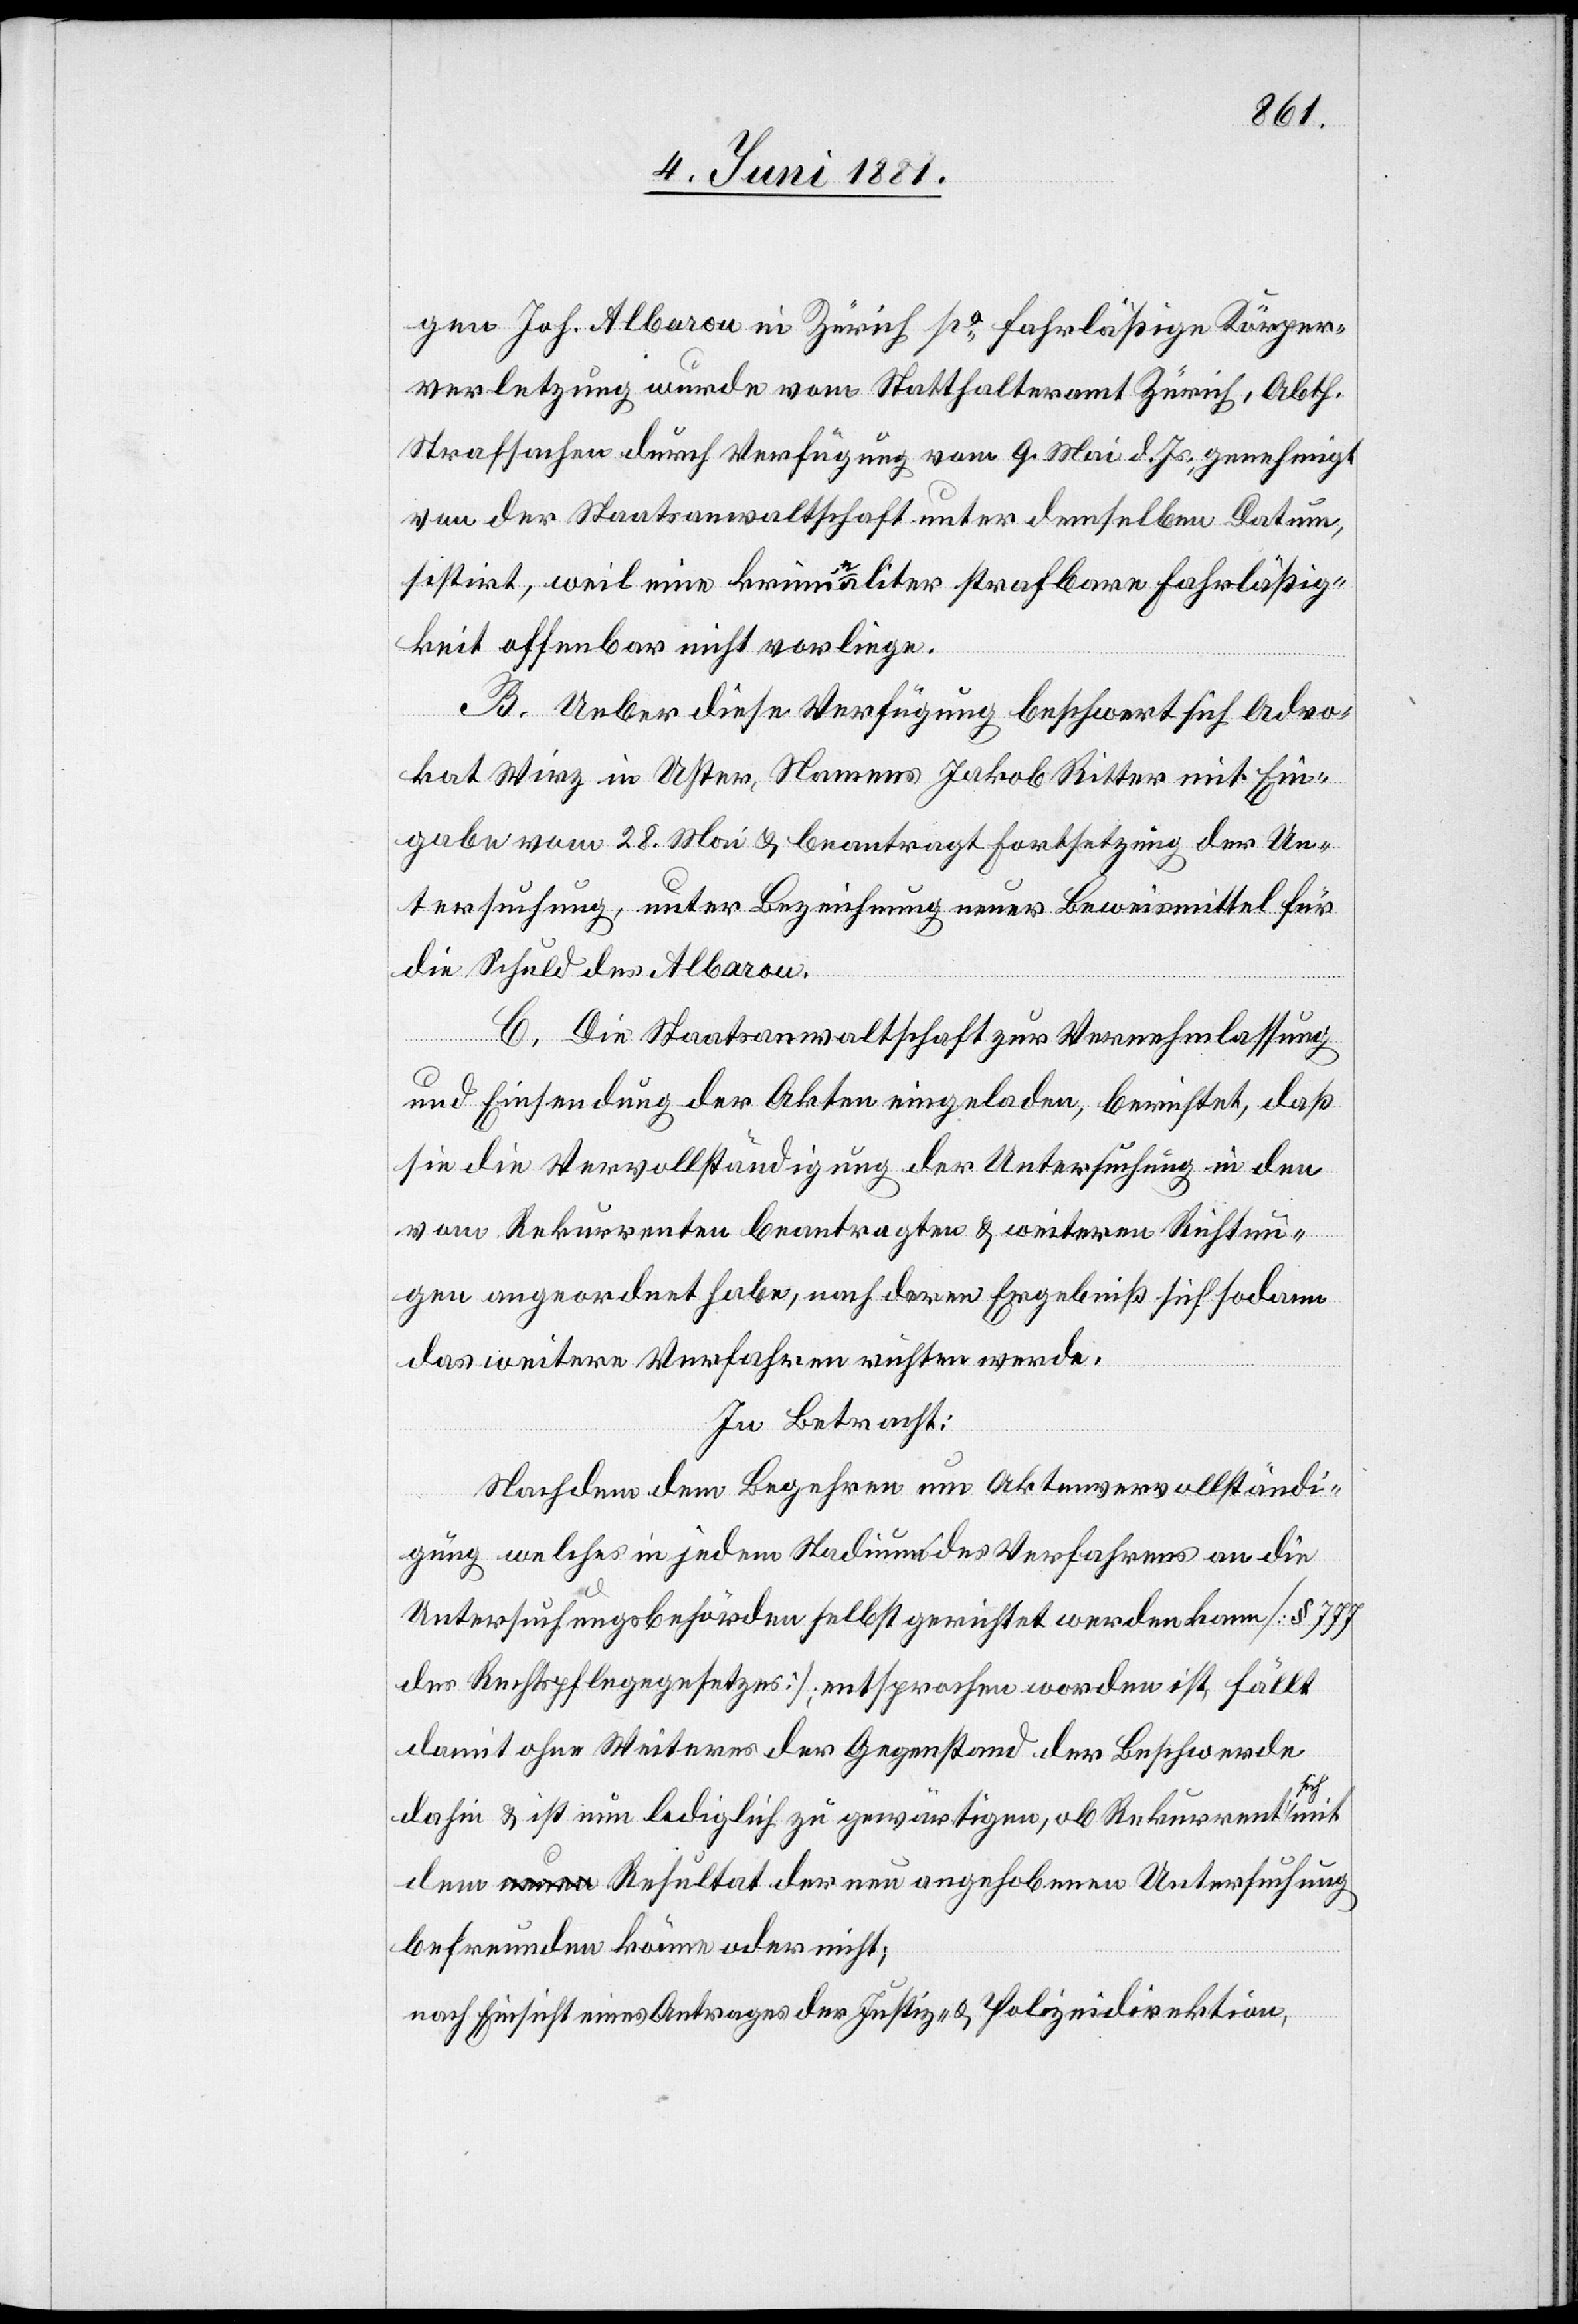
gen Joh. Albaron in Zürich po fahrläßige Körper¬
verletzung wurde vom Statthalteramt Zürich, Abth.
Strafsachen durch Verfügung vom 9. Mai d. Js. genehmigt
von der Staatsanwaltschaft unter demselben Datum,
sistirt, weil eine kriminaliter strafbare Fahrläßig¬
keit offenbar nicht vorliege.
B. Ueber diese Verfügung beschwert sich Advo¬
kat Wirz in Uster, Namens Jakob Ritter mit Ein¬
gabe vom 28. Mai & beantragt Fortsetzung der Un¬
tersuchung, unter Bezeichnung neuer Beweismittel für
die Schuld des Albaron.
C. Die Staatsanwaltschaft zur Vernehmlassung
und Einsendung der Akten eingeladen, berichtet, daß
sie die Vervollständigung der Untersuchung in den
vom Rekurrenten beantragten & weiteren Richtun¬
gen angeordnet habe, nach deren Ergebniß sich sodann
das weitere Verfahren richten werde.
In Betracht:
Nachdem dem Begehren um Aktenvervollständi¬
gung welches in jedem Stadium des Verfahrens an die
Untersuchungsbehörden selbst gerichtet werden kann [§ 777
des Rechtspflegegesetzes]; entsprochen worden ist, fällt
damit ohne Weiteres der Gegenstand der Beschwerde
dahin & ist nun lediglich zu gewärtigen, ob Rekurrent sich
dem a-neuen-a Resultat der neu angehobenen Untersuchung
befreunden könne oder nicht;
nach Einsicht eines Antrages der Justiz- & Polizeidirektion,